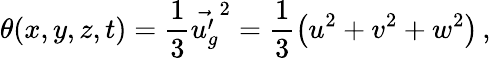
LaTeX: \theta(x,y,z,t)=\frac{1}{3}\vec{u_{g}^{\prime}}^{2}=\frac{1}{3}\left(u^{2}+v^{2}+w^{2}\right)\, ,